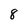
Character: 8